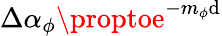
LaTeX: \Delta\alpha_{\phi}\proptoe^{-m_{\phi}\mathrm{d}}